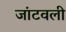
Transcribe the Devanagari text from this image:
जांटवली